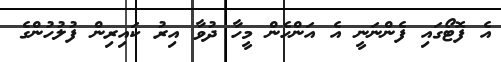
އެ ފޮޓޯގައި ފެންނަނީ އެ އަންހެން މީހާ ދުވާ އިރު ކައިރިން ފުލުހުންގެ